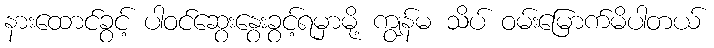
နားထောင်ခွင့် ပါဝင်ဆွေးနွေးခွင့်ရမှာမို့ ကျွန်မ သိပ် ဝမ်းမြောက်မိပါတယ်